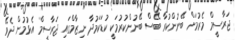
ޖަރާސީމް މެރުމަށް ބޭނުންކުރާ ބޭސް ބޭނުންކުރުމަކީ ކުޑަކަމުދާ ނިޒާމްގައި ޖަރާސީމް އެޅުމުން ދެވޭ